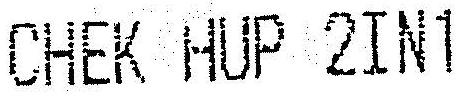
CHEK-HUP 2IN1